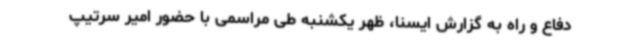
دفاع و راه به گزارش ایسنا، ظهر یکشنبه طی مراسمی با حضور امیر سرتیپ